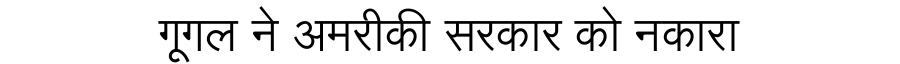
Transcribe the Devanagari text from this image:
गूगल ने अमरीकी सरकार को नकारा